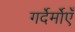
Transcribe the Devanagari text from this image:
गर्देर्मोएँ